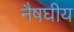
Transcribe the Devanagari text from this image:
नैषघीय